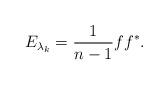
LaTeX: \begin{align*}E_{\lambda_k}=\frac{1}{n-1}ff^*.\end{align*}